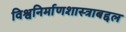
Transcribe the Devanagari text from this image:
विश्वनिर्माणशास्त्राबद्दल